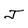
Character: J